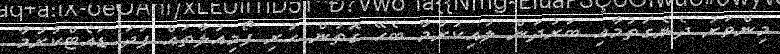
މިންވަރު ދެނެގަތުމާއި ބަރުދަން ލުއިކުރުމާ ބެހޭ ގޮތުން ހުރި ފޯމިއުލާތައް ފަދަ ޑައެޓްކުރުމާ